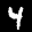
Label: 4